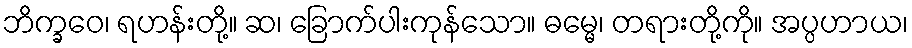
ဘိက္ခဝေ၊ ရဟန်းတို့။ ဆ၊ ခြောက်ပါးကုန်သော။ ဓမ္မေ၊ တရားတို့ကို။ အပ္ပဟာယ၊